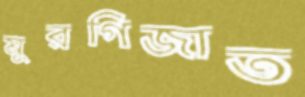
মুরগিজাত